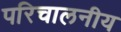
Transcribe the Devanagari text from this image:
परिचालनीय